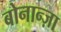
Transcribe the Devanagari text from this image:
बोनान्ज़ा